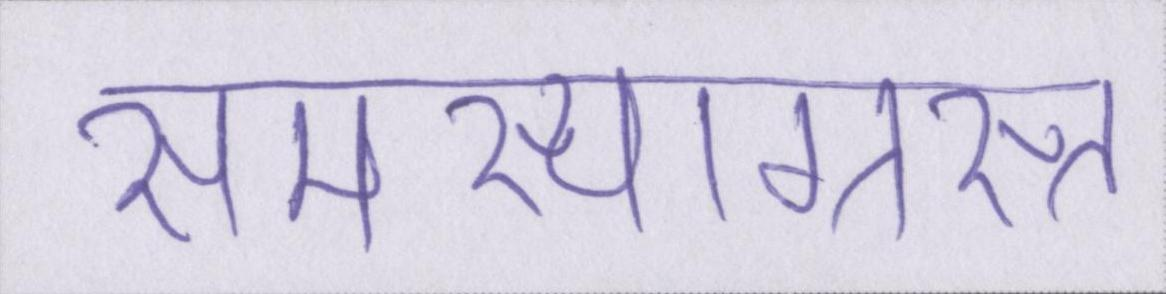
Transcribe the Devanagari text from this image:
समस्याग्रस्त